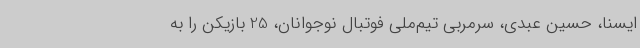
ایسنا، حسین عبدی، سرمربی تیم‌ملی فوتبال نوجوانان، 25 بازیکن را به